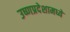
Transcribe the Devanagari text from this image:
उष्णप्रदेशामध्ये